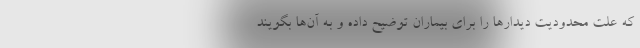
که علت محدودیت دیدارها را برای بیماران توضیح داده و به آن‌ها بگویند